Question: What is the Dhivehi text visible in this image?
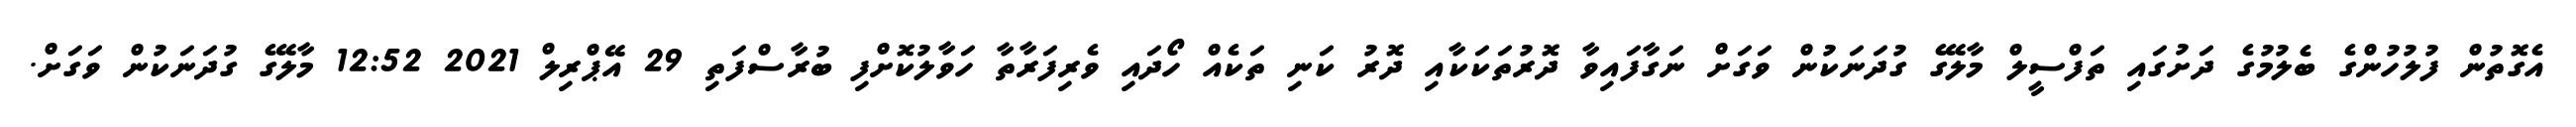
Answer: އެގޮތުން ފުލުހުންގެ ބެލުމުގެ ދަށުގައި ތަފްސީލް މާލޭގެ ގުދަނަކުން ވަގަށް ނަގާފައިވާ ދޮރުތަކަކާއި ދޮރު ކަނި ތަކެއް ހޯދައި ވެރިފަރާތާ ހަވާލުކޮށްފި ބުރާސްފަތި 29 އޭޕްރިލް 2021 12:52 މާލޭގެ ގުދަނަކުން ވަގަށް.